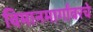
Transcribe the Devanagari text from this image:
विमानमार्गांवरचे